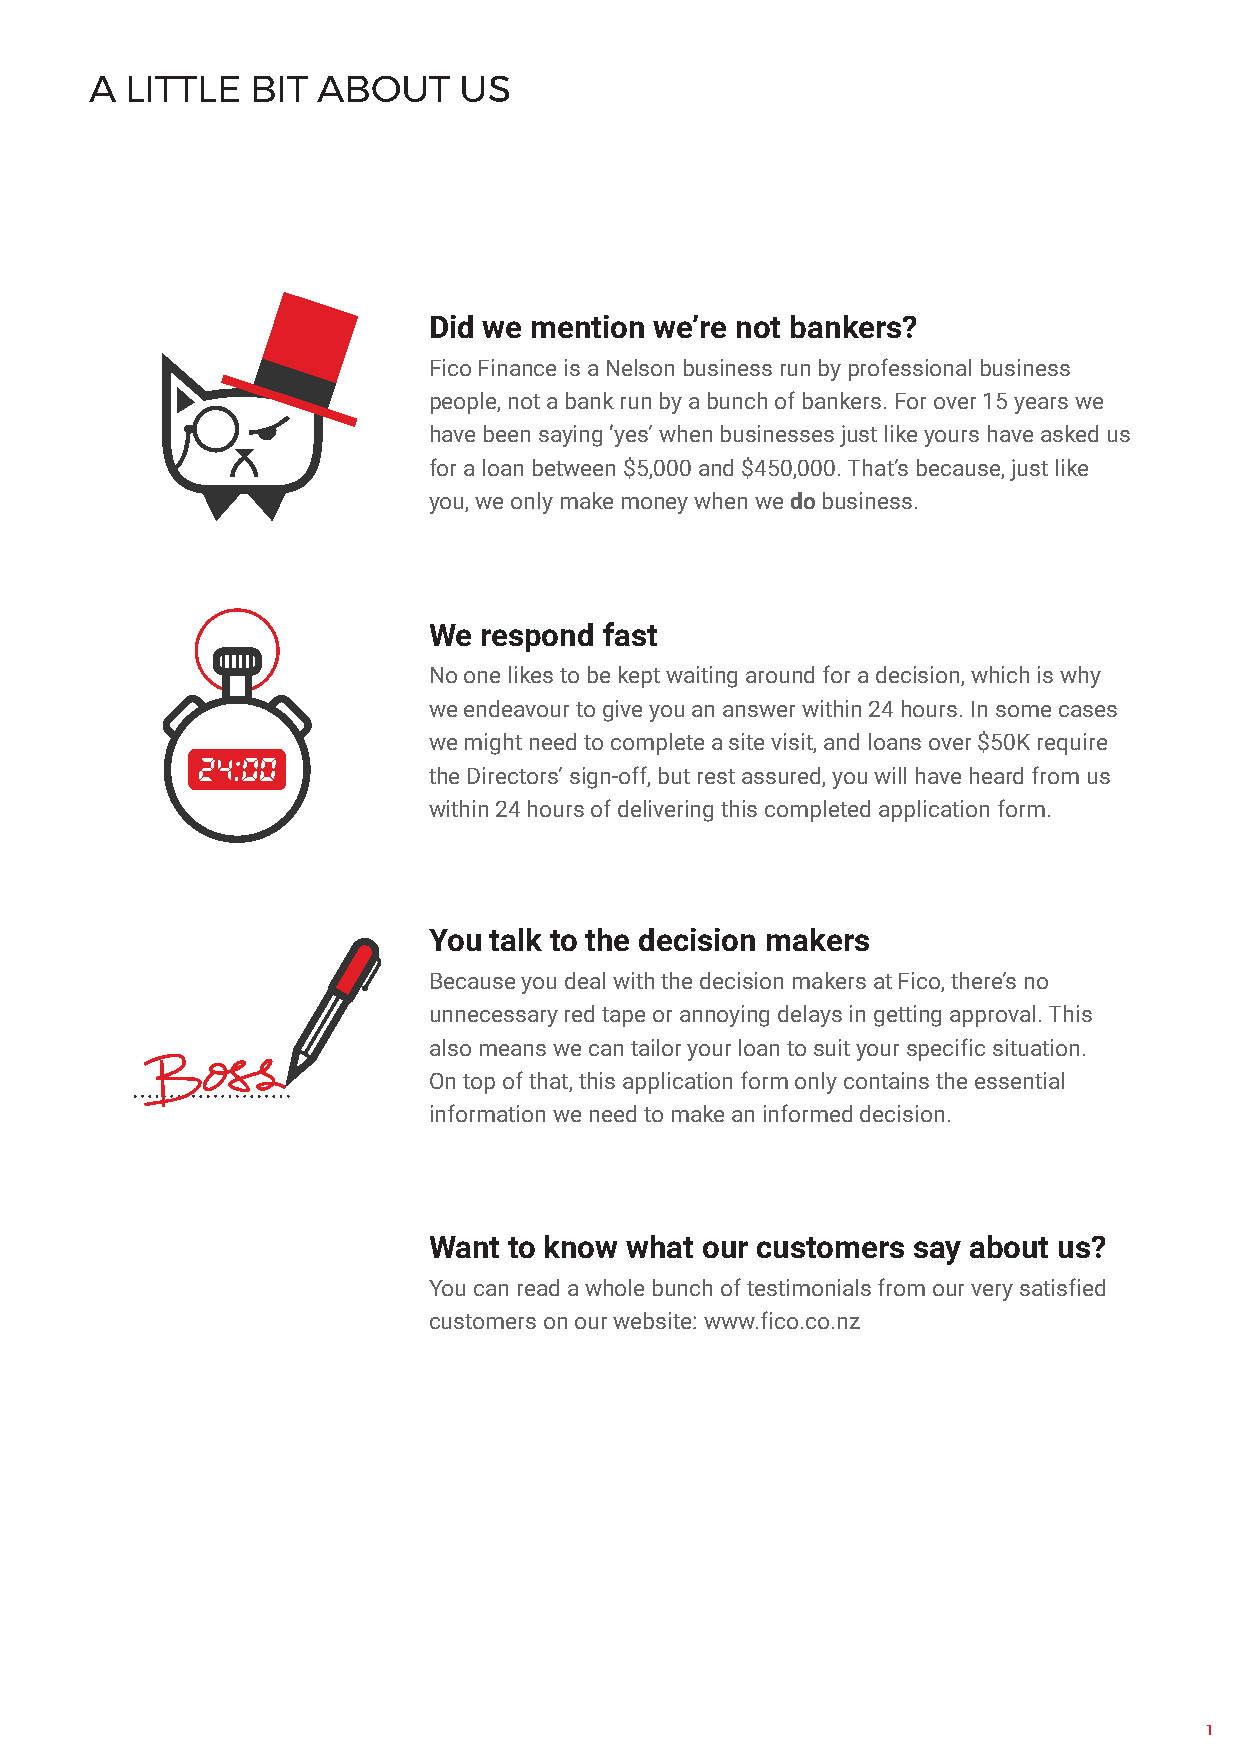
A LITTLE   BIT ABOUT    US
 Did we mention we’re not bankers?
 Fico Finance is a Nelson business run by professional business
 people, not a bank run by a bunch of bankers. For over 15 years we
 have been saying ‘yes’ when businesses just like yours have asked us
 for a loan between $5,000 and $450,000. That’s because, just like
 you, we only make money when we do business.
 We  respond fast
 No one likes to be kept waiting around for a decision, which is why
 we endeavour to give you an answer within 24 hours. In some cases
 we might need to complete a site visit, and loans over $50K require
 the Directors’ sign-off, but rest assured, you will have heard from us
 within 24 hours of delivering this completed application form.
 You talk to the decision makers
 Because you deal with the decision makers at Fico, there’s no
 unnecessary red tape or annoying delays in getting approval. This
 also means we can tailor your loan to suit your specific situation.
 On top of that, this application form only contains the essential
 information we need to make an informed decision.
 Want  to know what our customers say about us?
 You can read a whole bunch of testimonials from our very satisfied
 customers on our website: www.fico.co.nz
 1